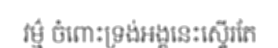
វម៌្ម ចំពោះទ្រង់អង្គនេះស្ទើរតែ